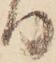
り